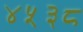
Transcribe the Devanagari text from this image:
४५३८